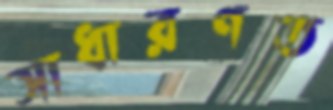
সাধারণত